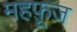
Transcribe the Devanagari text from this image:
महफ़ूज़